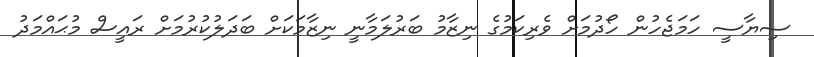
ސިޔާސީ ހަމަޖެހުން ހޯދުމަށް ވެރިކަމުގެ ނިޒާމު ބަރުލަމާނީ ނިޒާމަކަށް ބަދަލުކުރުމަށް ރައީސް މުޙައްމަދު